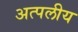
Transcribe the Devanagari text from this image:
अत्पलीय